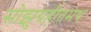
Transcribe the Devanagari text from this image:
सोझुग्रहीतमथ